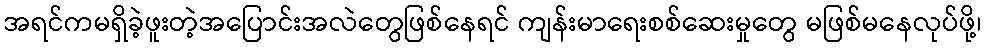
အရင်ကမရှိခဲ့ဖူးတဲ့အပြောင်းအလဲတွေဖြစ်နေရင် ကျန်းမာရေးစစ်ဆေးမှုတွေ မဖြစ်မနေလုပ်ဖို့၊